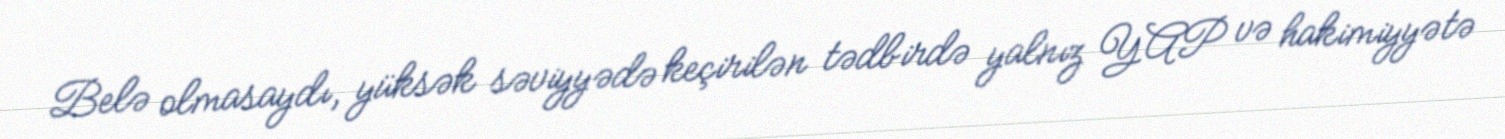
Belə olmasaydı, yüksək səviyyədə keçirilən tədbirdə yalnız YAP və hakimiyyətə